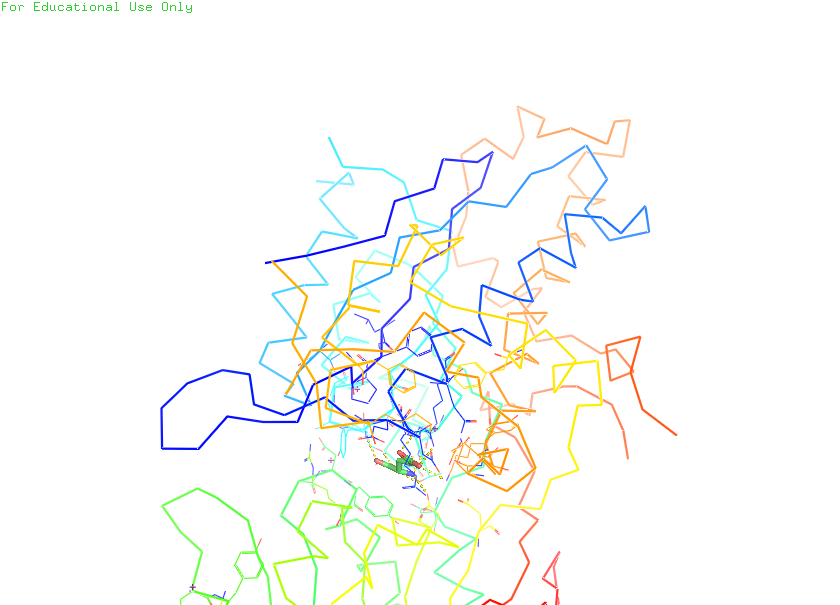
pymol, preset, ligands